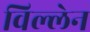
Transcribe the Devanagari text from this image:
विल्लेन